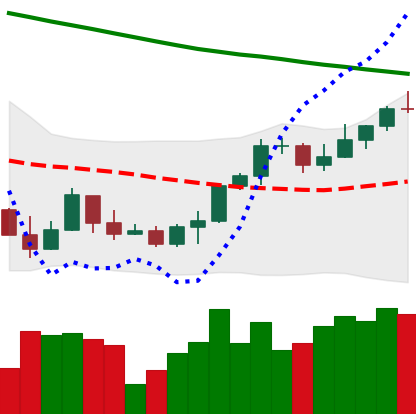
Ticker: ETH-USD
Chart end date: 2022-03-25
Forward return: 8.964%
Label: up_7plus